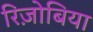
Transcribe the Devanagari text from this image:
रिज़ोबिया